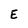
Character: E